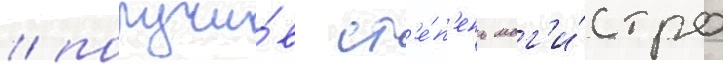
/ получи́в ст'е́п'ень маг'и́стра